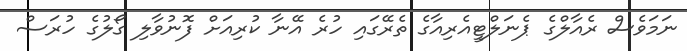
ނަމަވެސް ރެއާލްގެ ޕެނަލްޓީއެރިއާގެ ތެރޭގައި ހުރެ އޭނާ ކުރިއަށް ފޮނުވާލި ގޯލުގެ ހުރަސް